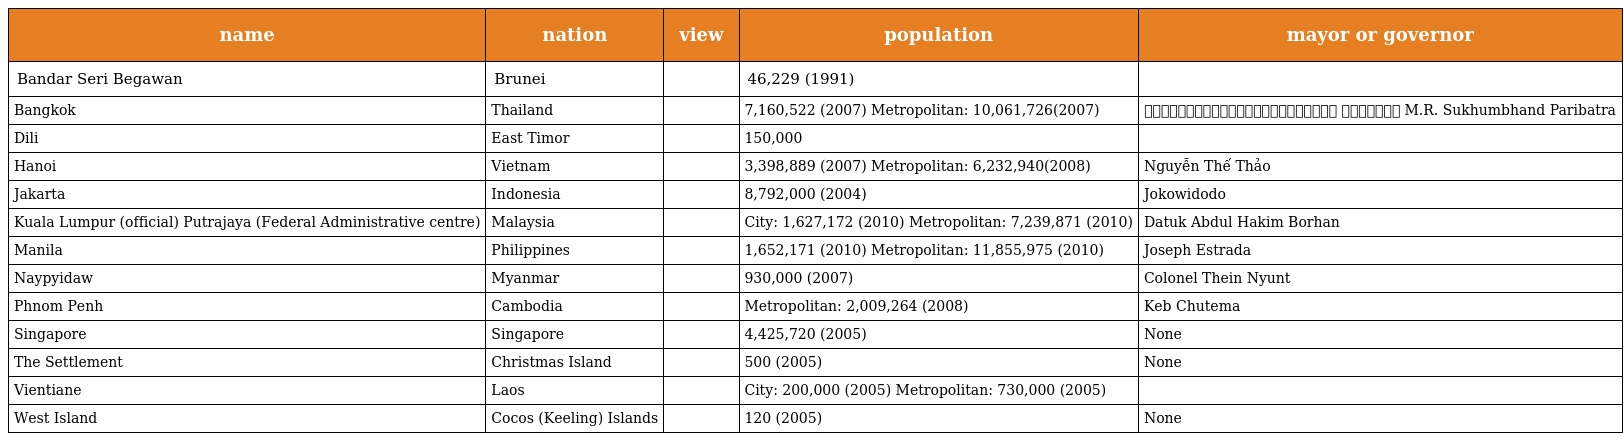
| name | nation | view | population | mayor or governor |
 | --- | --- | --- | --- | --- |
 | Bandar Seri Begawan | Brunei |  | 46,229 (1991) |  |
 | Bangkok | Thailand |  | 7,160,522 (2007) Metropolitan: 10,061,726(2007) | หม่อมราชวงศ์สุขุมพันธุ์ บริพัตร M.R. Sukhumbhand Paribatra |
 | Dili | East Timor |  | 150,000 |  |
 | Hanoi | Vietnam |  | 3,398,889 (2007) Metropolitan: 6,232,940(2008) | Nguyễn Thế Thảo |
 | Jakarta | Indonesia |  | 8,792,000 (2004) | Jokowidodo |
 | Kuala Lumpur (official) Putrajaya (Federal Administrative centre) | Malaysia |  | City: 1,627,172 (2010) Metropolitan: 7,239,871 (2010) | Datuk Abdul Hakim Borhan |
 | Manila | Philippines |  | 1,652,171 (2010) Metropolitan: 11,855,975 (2010) | Joseph Estrada |
 | Naypyidaw | Myanmar |  | 930,000 (2007) | Colonel Thein Nyunt |
 | Phnom Penh | Cambodia |  | Metropolitan: 2,009,264 (2008) | Keb Chutema |
 | Singapore | Singapore |  | 4,425,720 (2005) | None |
 | The Settlement | Christmas Island |  | 500 (2005) | None |
 | Vientiane | Laos |  | City: 200,000 (2005) Metropolitan: 730,000 (2005) |  |
 | West Island | Cocos (Keeling) Islands |  | 120 (2005) | None |